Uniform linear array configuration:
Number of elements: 24
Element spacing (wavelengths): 1
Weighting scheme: hamming
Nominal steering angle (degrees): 0
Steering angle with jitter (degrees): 1.62
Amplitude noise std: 0.05
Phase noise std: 0.05

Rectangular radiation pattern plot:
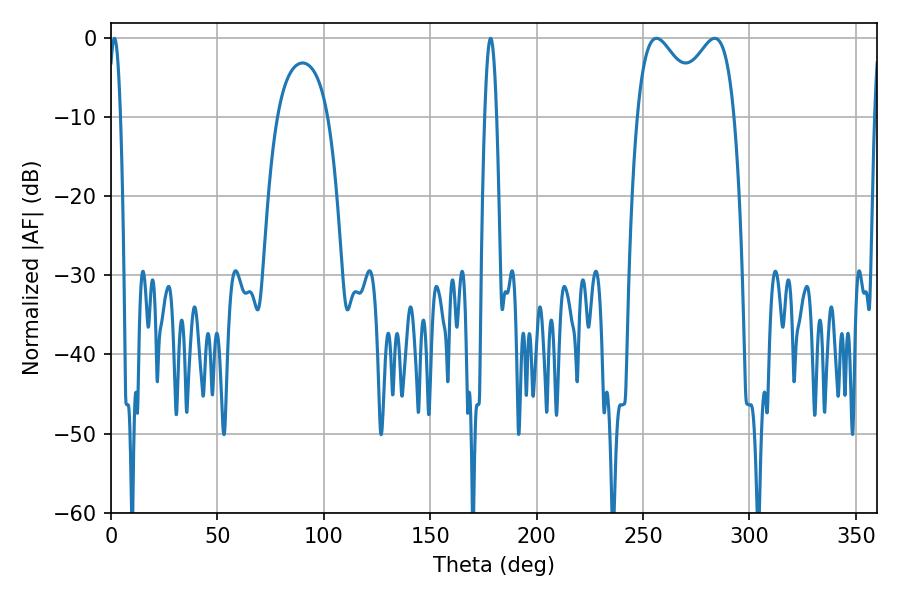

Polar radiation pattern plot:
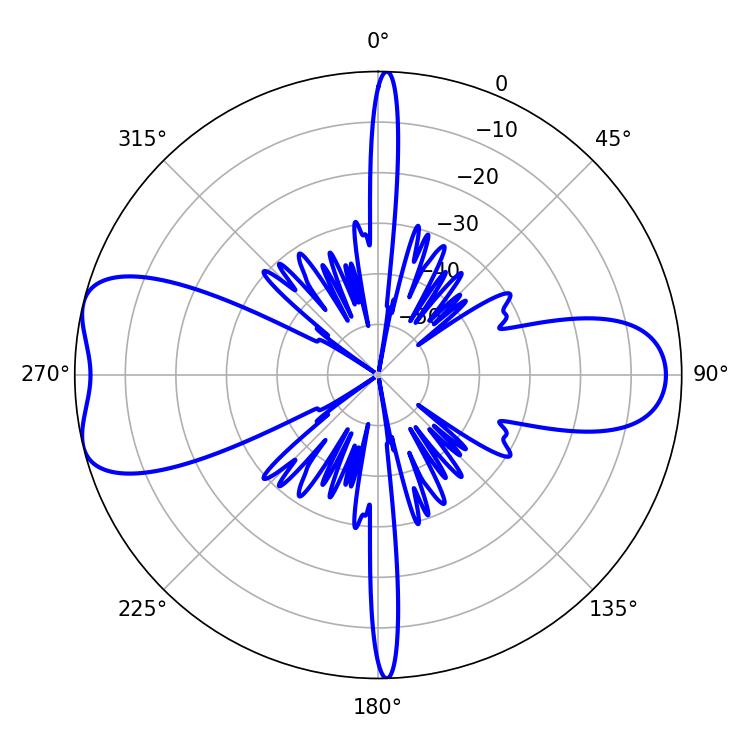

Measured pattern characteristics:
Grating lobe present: TRUE
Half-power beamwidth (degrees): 17.46
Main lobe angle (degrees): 256.32